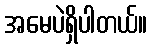
အမေပဲရှိပါတယ်။